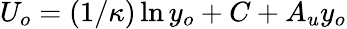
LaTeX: U_{o}=(1/\kappa)\ln y_{o}+C+A_{u}y_{o}